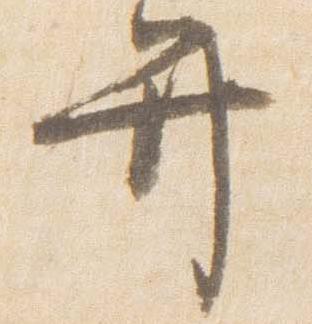
弁